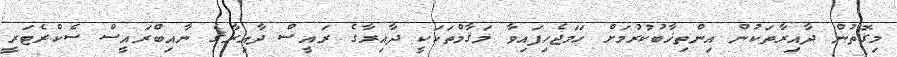
މިގޮތުން ދާއިރާތަކުން އިންތިޚާބުކުރުމަށް ހަމަޖެހިފައިވާ މަޤާމްތަކަކީ ދާއިރާގެ ރައީސް ދާއިރާގެ ނާއިބްރައީސް ސެކްރެޓަރީ